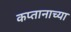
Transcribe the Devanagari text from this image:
कप्तानाच्या